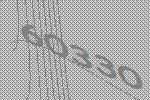
60330